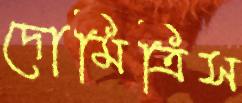
দোমিত্রিস